King Institute of Preventive Medicine Micro-Biological Section reports 1909-11
Year: 1909
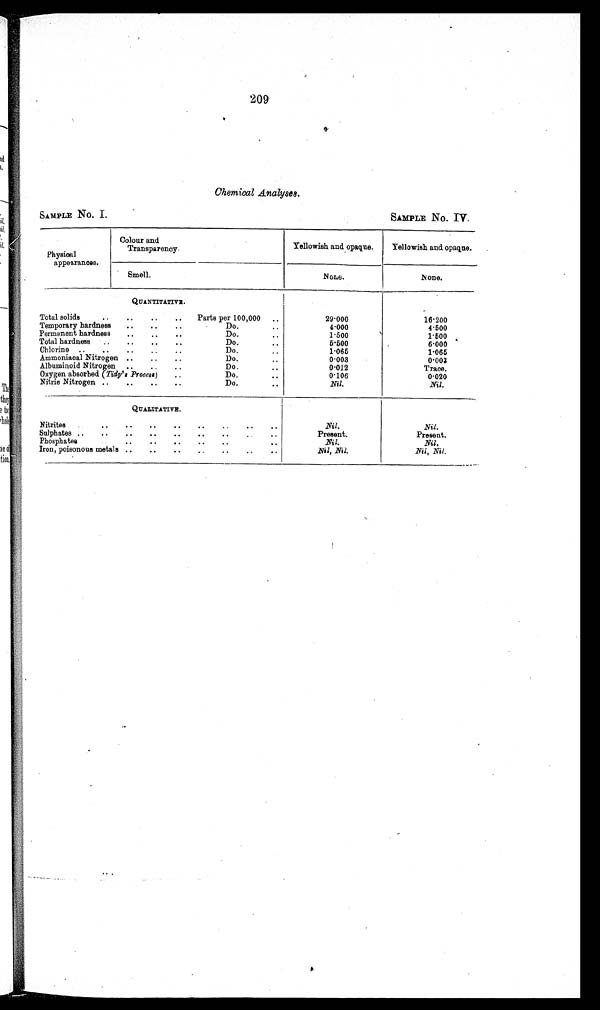
SAMPLE No. I.
SAMPLE No. IV.
209
Chemical Analyses.
Physical
appearances.
Colour and
Transparency
Yellowish and opaque.
Yellowish and opaque.
Smell.
None.
None.
QUANTITATIVE.
Total solids
Parts per 100,000
29.000
16.200
Temporary hardness
Do.
4.000
4.500
Permanent hardness
Do.
1. 500
1.500
Total hardness
Do.
5.500
6.000
Chlorine
Do.
1.065
1.065
Ammoniacal Nitrogen
Do.
0.003
0.003
Albuminoid Nitrogen
Do.
0.012
Trace.
Oxygen absorbed ( Tidy's P r o c e s s )
Do.
0.106
0.020
Nitrie Nitrogen
Do.
Nil.
Nil.
QUALITATIVE.
Nil.
Present.
Nil.
Nil, Nil.
Nil.
Present.
Nil.
Nil, Nil.
Nitrites
Sulphates
Phosphates
Iron, poisonous metals